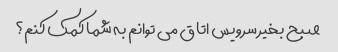
صبح بخیر سرویس اتاق می توانم به شما کمک کنم؟